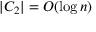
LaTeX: | C _ { 2 } | = O ( \log n )